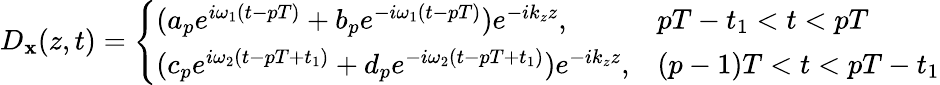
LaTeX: D_{\mathbf{x}}(z,t)=\left\{ \begin{array}{ll}{(a_{p}e^{i\omega_{1}(t-pT)}+b_{p}e^{-i\omega_{1}(t-pT)})e^{-ik_{z}z},}&{pT-t_{1}<t<pT}\\ {(c_{p}e^{i\omega_{2}(t-pT+t_{1})}+d_{p}e^{-i\omega_{2}(t-pT+t_{1})})e^{-ik_{z}z},}&{(p-1)T<t<pT-t_{1}}\end{array}\right.